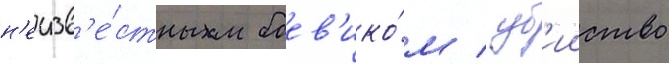
н'еизв'е́стным боев'ико́м / уб'ииство